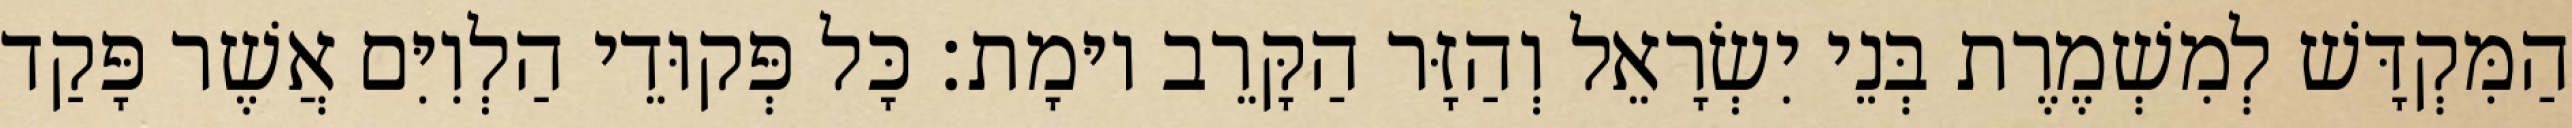
הַמִּקְדָּשׁ לְמִשְׁמֶרֶת בְּנֵי יִשְׂרָאֵל וְהַזָּר הַקָּרֵב יוּמָת׃ כָּל פְּקוּדֵי הַלְוִיִּם אֲשֶׁר פָּקַד